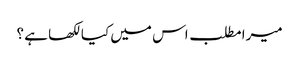
میرا مطلب اس میں کیا لکھا ہے ؟